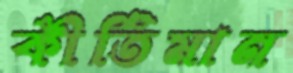
কীর্তিমান